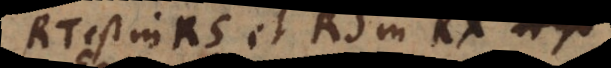
RT est in RS et RS in RX. Ergo